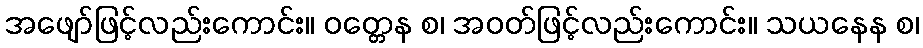
အဖျော်ဖြင့်လည်းကောင်း။ ဝတ္တေန စ၊ အဝတ်ဖြင့်လည်းကောင်း။ သယနေန စ၊